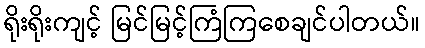
ရိုးရိုးကျင့် မြင်မြင့်ကြံကြစေချင်ပါတယ်။